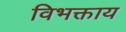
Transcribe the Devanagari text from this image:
विभक्ताय